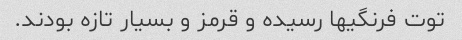
توت فرنگیها رسیده و قرمز و بسیار تازه بودند.